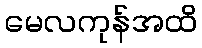
မေလကုန်အထိ